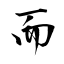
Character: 而